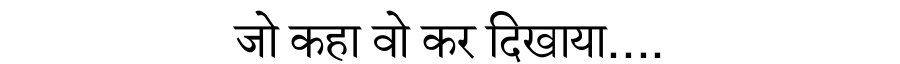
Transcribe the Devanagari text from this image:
जो कहा वो कर दिखाया....